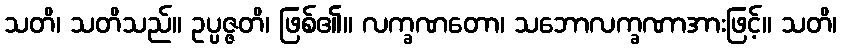
သတိ၊ သတိသည်။ ဥပ္ပဇ္ဇတိ၊ ဖြစ်၏။ လက္ခဏတော၊ သဘောလက္ခဏာအားဖြင့်။ သတိ၊